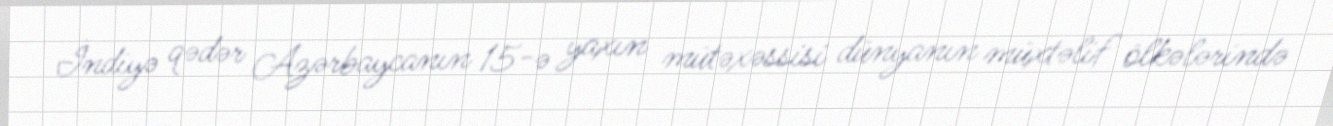
İndiyə qədər Azərbaycanın 15-ə yaxın mütəxəssisi dünyanın müxtəlif ölkələrində